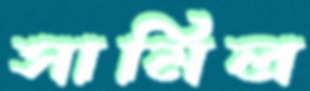
সামিল